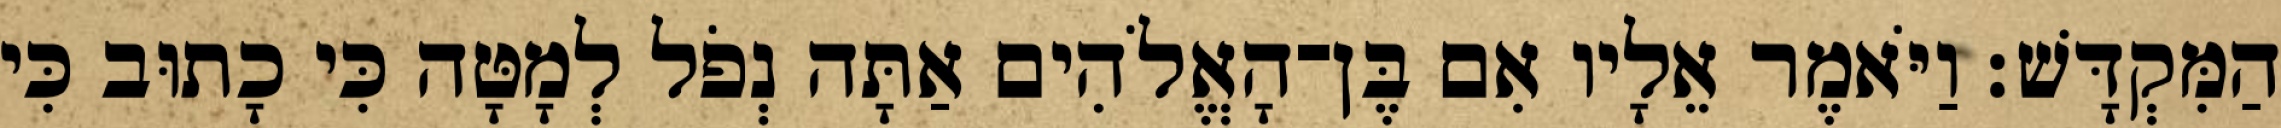
הַמִּקְדָּשׁ׃ וַיֹּאמֶר אֵלָיו אִם בֶּן־הָאֱלֹהִים אַתָּה נְפֹל לְמָטָּה כִּי כָתוּב כִּי